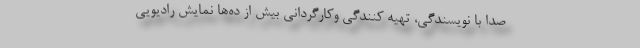
صدا با نویسندگی، تهیه کنندگی وکارگردانی بیش از ده‌ها نمایش رادیویی